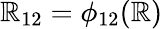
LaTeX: \mathbb{R}_{12}=\phi_{12}(\mathbb{R})